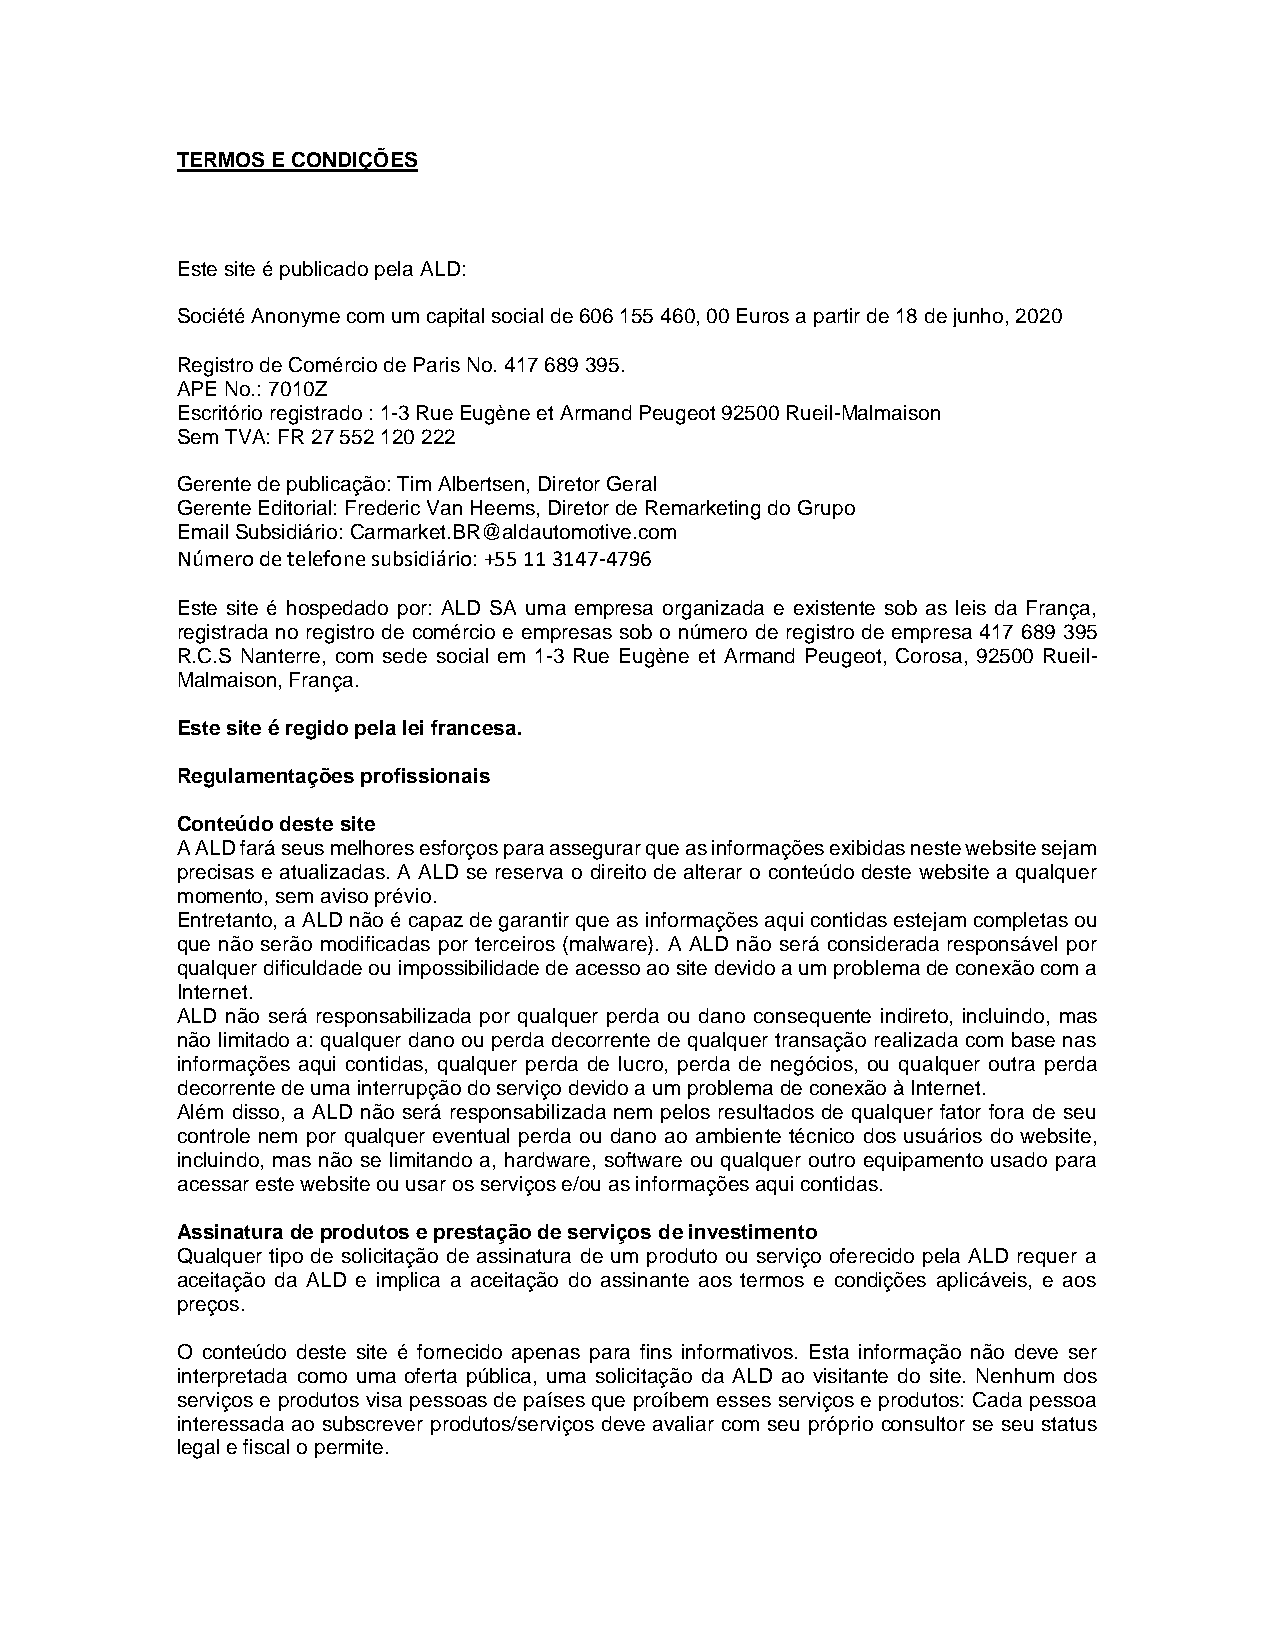
TERMOS E CONDIÇÕES
 Este site é publicado pela ALD:
 Société Anonyme com um capital social de 606 155 460, 00 Euros a partir de 18 de junho, 2020
 Registro de Comércio de Paris No. 417 689 395.
 APE No.: 7010Z
 Escritório registrado : 1-3 Rue Eugène et Armand Peugeot 92500 Rueil-Malmaison
 Sem TVA: FR 27 552 120 222
 Gerente de publicação: Tim Albertsen, Diretor Geral
 Gerente Editorial: Frederic Van Heems, Diretor de Remarketing do Grupo
 Email Subsidiário: Carmarket.BR@aldautomotive.com
 Número de telefone subsidiário: +55 11 3147-4796
 Este site é hospedado por: ALD SA uma empresa organizada e existente sob as leis da França,
 registrada no registro de comércio e empresas sob o número de registro de empresa 417 689 395
 R.C.S Nanterre, com sede social em 1-3 Rue Eugène et Armand Peugeot, Corosa, 92500 Rueil-
 Malmaison, França.
 Este site é regido pela lei francesa.
 Regulamentações profissionais
 Conteúdo deste site
 A ALD fará seus melhores esforços para assegurar que as informações exibidas neste website sejam
 precisas e atualizadas. A ALD se reserva o direito de alterar o conteúdo deste website a qualquer
 momento, sem aviso prévio.
 Entretanto, a ALD não é capaz de garantir que as informações aqui contidas estejam completas ou
 que não serão modificadas por terceiros (malware). A ALD não será considerada responsável por
 qualquer dificuldade ou impossibilidade de acesso ao site devido a um problema de conexão com a
 Internet.
 ALD não será responsabilizada por qualquer perda ou dano consequente indireto, incluindo, mas
 não limitado a: qualquer dano ou perda decorrente de qualquer transação realizada com base nas
 informações aqui contidas, qualquer perda de lucro, perda de negócios, ou qualquer outra perda
 decorrente de uma interrupção do serviço devido a um problema de conexão à Internet.
 Além disso, a ALD não será responsabilizada nem pelos resultados de qualquer fator fora de seu
 controle nem por qualquer eventual perda ou dano ao ambiente técnico dos usuários do website,
 incluindo, mas não se limitando a, hardware, software ou qualquer outro equipamento usado para
 acessar este website ou usar os serviços e/ou as informações aqui contidas.
 Assinatura de produtos e prestação de serviços de investimento
 Qualquer tipo de solicitação de assinatura de um produto ou serviço oferecido pela ALD requer a
 aceitação da ALD e implica a aceitação do assinante aos termos e condições aplicáveis, e aos
 preços.
 O conteúdo deste site é fornecido apenas para fins informativos. Esta informação não deve ser
 interpretada como uma oferta pública, uma solicitação da ALD ao visitante do site. Nenhum dos
 serviços e produtos visa pessoas de países que proíbem esses serviços e produtos: Cada pessoa
 interessada ao subscrever produtos/serviços deve avaliar com seu próprio consultor se seu status
 legal e fiscal o permite.